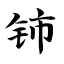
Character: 铈